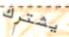
يشترك